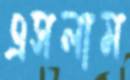
এসলাম